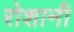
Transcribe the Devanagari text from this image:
रोशानी